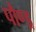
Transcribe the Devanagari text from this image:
पौण्ड्र